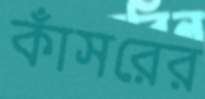
কাঁসরের